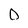
Character: 0